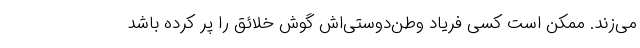
می‌زند. ممکن است کسی فریاد وطن‌دوستی‌اش گوش خلائق را پر کرده باشد